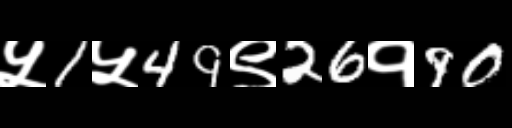
Text: ५1५49९26१90